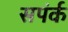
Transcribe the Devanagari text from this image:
सपंर्क